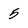
Character: 5